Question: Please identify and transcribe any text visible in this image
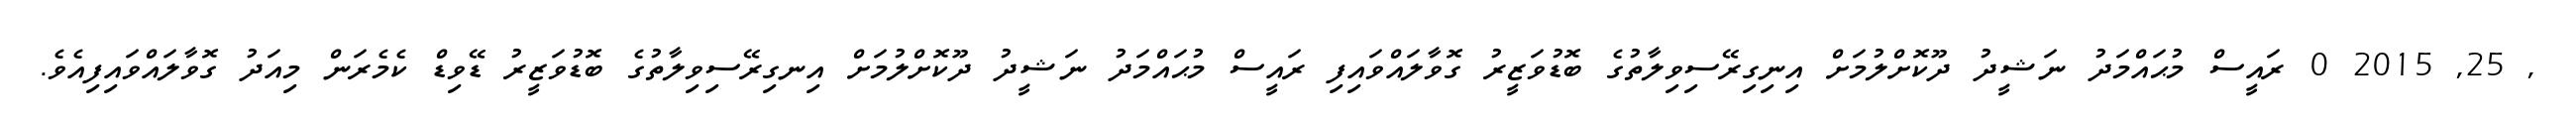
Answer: , 25, 2015 0 ރައީސް މުޙައްމަދު ނަޝީދު ދޫކޮށްލުމަށް އިނިގިރޭސިވިލާތުގެ ބޮޑުވަޒީރު ގޮވާލައްވައިފި ރައީސް މުޙައްމަދު ނަޝީދު ދޫކޮށްލުމަށް އިނގިރޭސިވިލާތުގެ ބޮޑުވަޒީރު ޑޭވިޑް ކެމެރަން މިއަދު ގޮވާލައްވައިފިއެވެ.